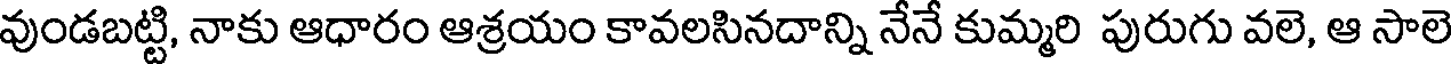
వుండబట్టి, నాకు ఆధారం ఆశ్రయం కావలసినదాన్ని నేనే కుమ్మరి పురుగు వలె, ఆ సాలె